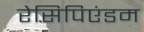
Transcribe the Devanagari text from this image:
रेसिपिएंडम